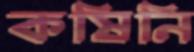
কষিনি